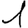
Digit: 1